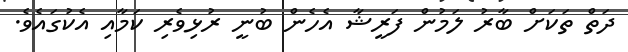
ދަތް ތަކަށް ބާރު ލަމުން ފަރީޝާ އެހެން ބުނީ ރުޅިވެރި ކަމާއި އެކުގައެވެ.